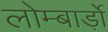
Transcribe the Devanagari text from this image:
लोम्बार्ड़ो